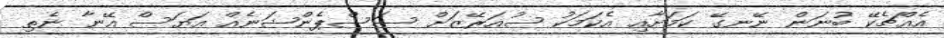
އެއްޗެކޭ ބުނަން ނޭނގޭ ކަމަށާއި އެކަމަކު ސުއަރޭޒަށް ސަސްޕެންޝަނެއް އަޔަސް އޭނާ ނެތި